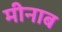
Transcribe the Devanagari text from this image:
मीनाब